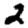
Digit: 2